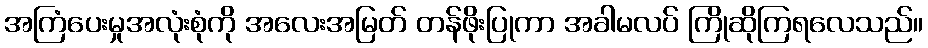
အကြံပေးမှုအလုံးစုံကို အလေးအမြတ် တန်ဖိုးပြုကာ အခါမလပ် ကြိုဆိုကြရလေသည်။